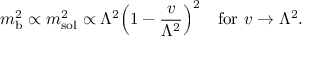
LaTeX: m _ { \mathrm { b } } ^ { 2 } \propto m _ { \mathrm { s o l } } ^ { 2 } \propto \Lambda ^ { 2 } \Bigl ( 1 - { \frac { v } { \Lambda ^ { 2 } } } \Bigr ) ^ { 2 } \quad \mathrm { f o r \ } v \rightarrow \Lambda ^ { 2 } .